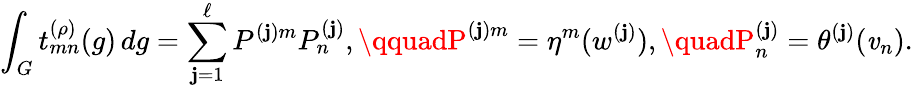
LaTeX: \int_{G}t_{mn}^{(\rho)}(g)\, dg=\sum_{\mathbf{j}=1}^{\ell}P^{(\mathbf{j})m}P_{n}^{(\mathbf{j})},\qquadP^{(\mathbf{j})m}=\eta^{m}(w^{(\mathbf{j})}),\quadP_{n}^{(\mathbf{j})}=\theta^{(\mathbf{j})}(\mathit{v}_{n}).